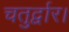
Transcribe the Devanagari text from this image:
चतुर्द्वार।